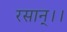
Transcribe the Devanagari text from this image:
रसान्।।